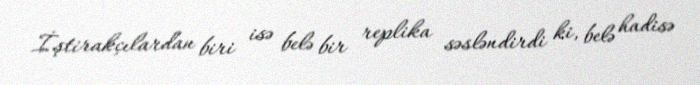
İştirakçılardan biri isə belə bir replika səsləndirdi ki, belə hadisə